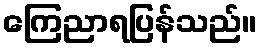
ကြေညာရပြန်သည်။